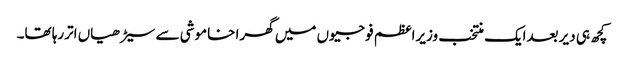
کچھ ہی دیر بعدایک منتخب وزیراعظم فوجیوں میں گھرا خاموشی سے سیڑھیاں اتررہا تھا۔